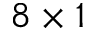
8 \times 1